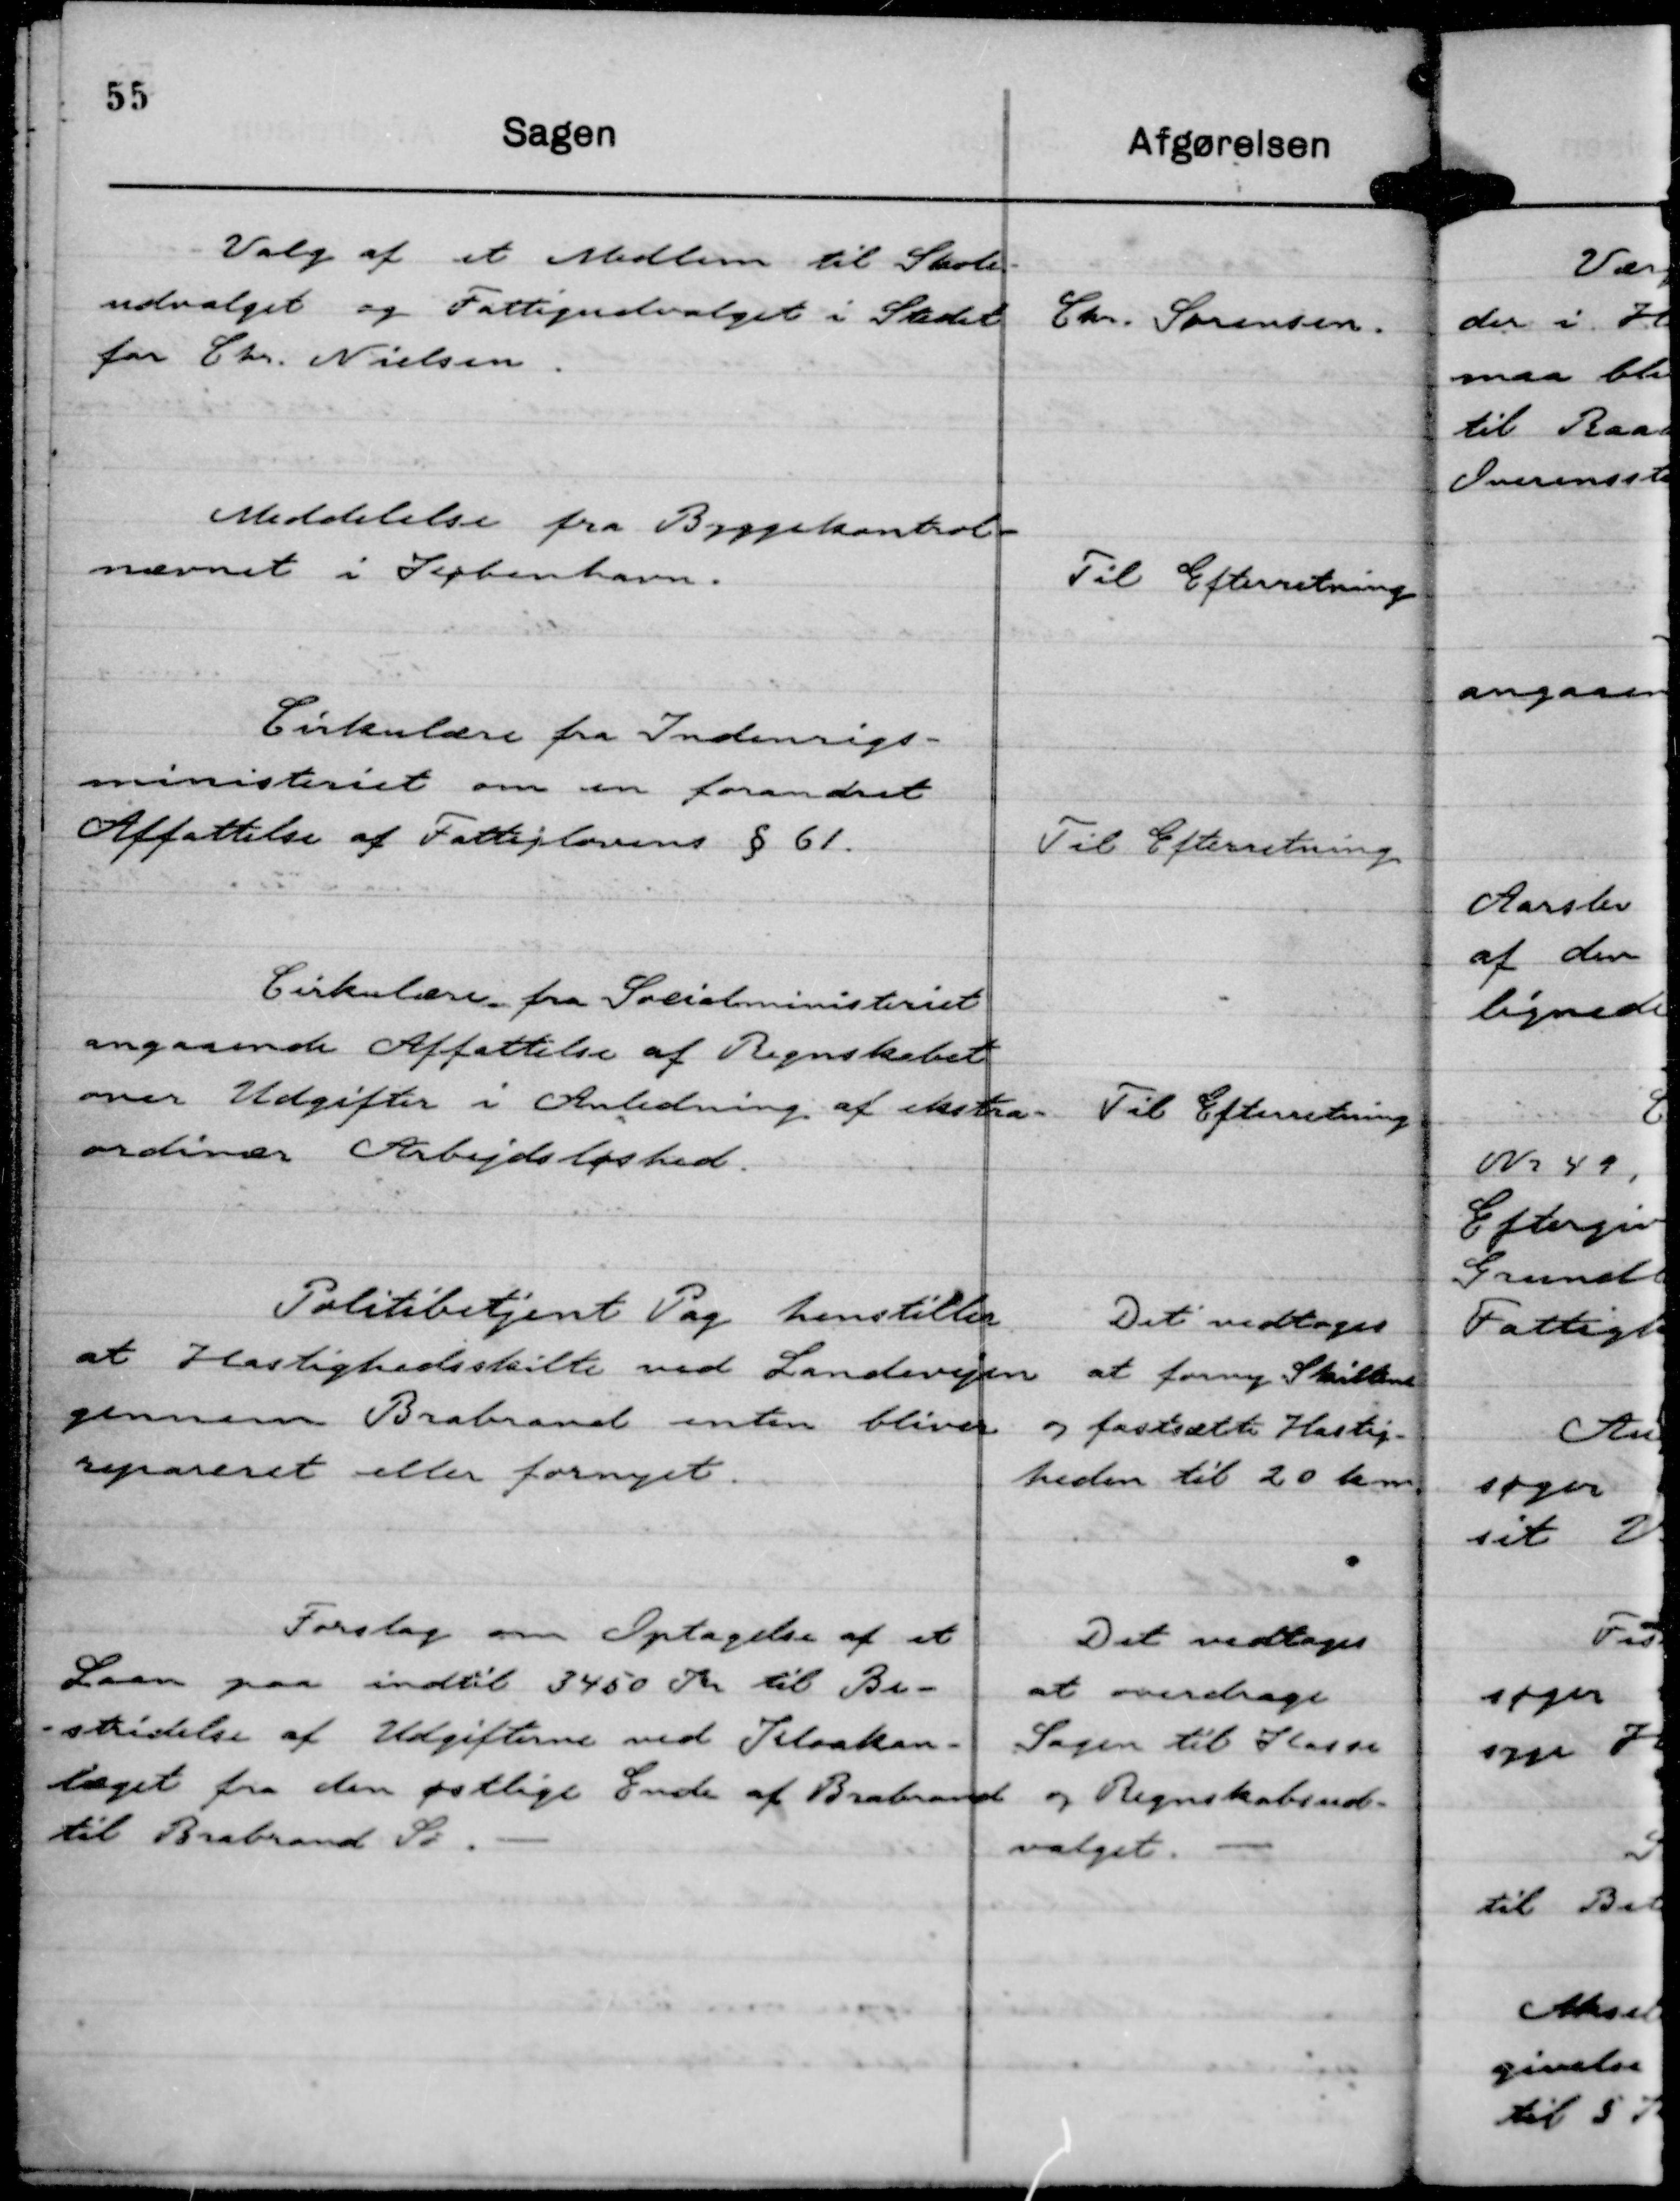
Transskription:
Valg af et Medlem til Skole-
udvalget og Fattigudvalget i Stedet
for Chr. Nielsen.

Chr. Sørensen.

Meddelelse fra Byggekontrol-
nævnet i København.

Til Efterretning

Cirkulære fra Indenrigs-
ministeriet om en forandret
Affattelse af Fattiglovens § 61.

Til Efterretning

Cirkulære fra Socialministeriet
angaaende Affattelse af Regnskabet
over Udgifter i Anledning af ekstra-
ordinær Arbejdsløshed.

Til Efterretning

Politibetjent Pag henstiller
at Hastighedsskilte ved Landevejen
gennem Brabrand enten bliver
repareret eller fornyet.

Det vedtoges
at forny Skiltene
og fastsætte Hastig-
heden til 20 km

Forslag om Optagelse af et
laan paa indtil 3450 Kr til Be-
-stridelse af Udgifterne ved Kloakan-
læget fra den østlige Ende af Brabrand
til Brabrand Sø.

Det vedtoges
at overdrage
Sagen til Kasse
og Regnskabsud-
valget.